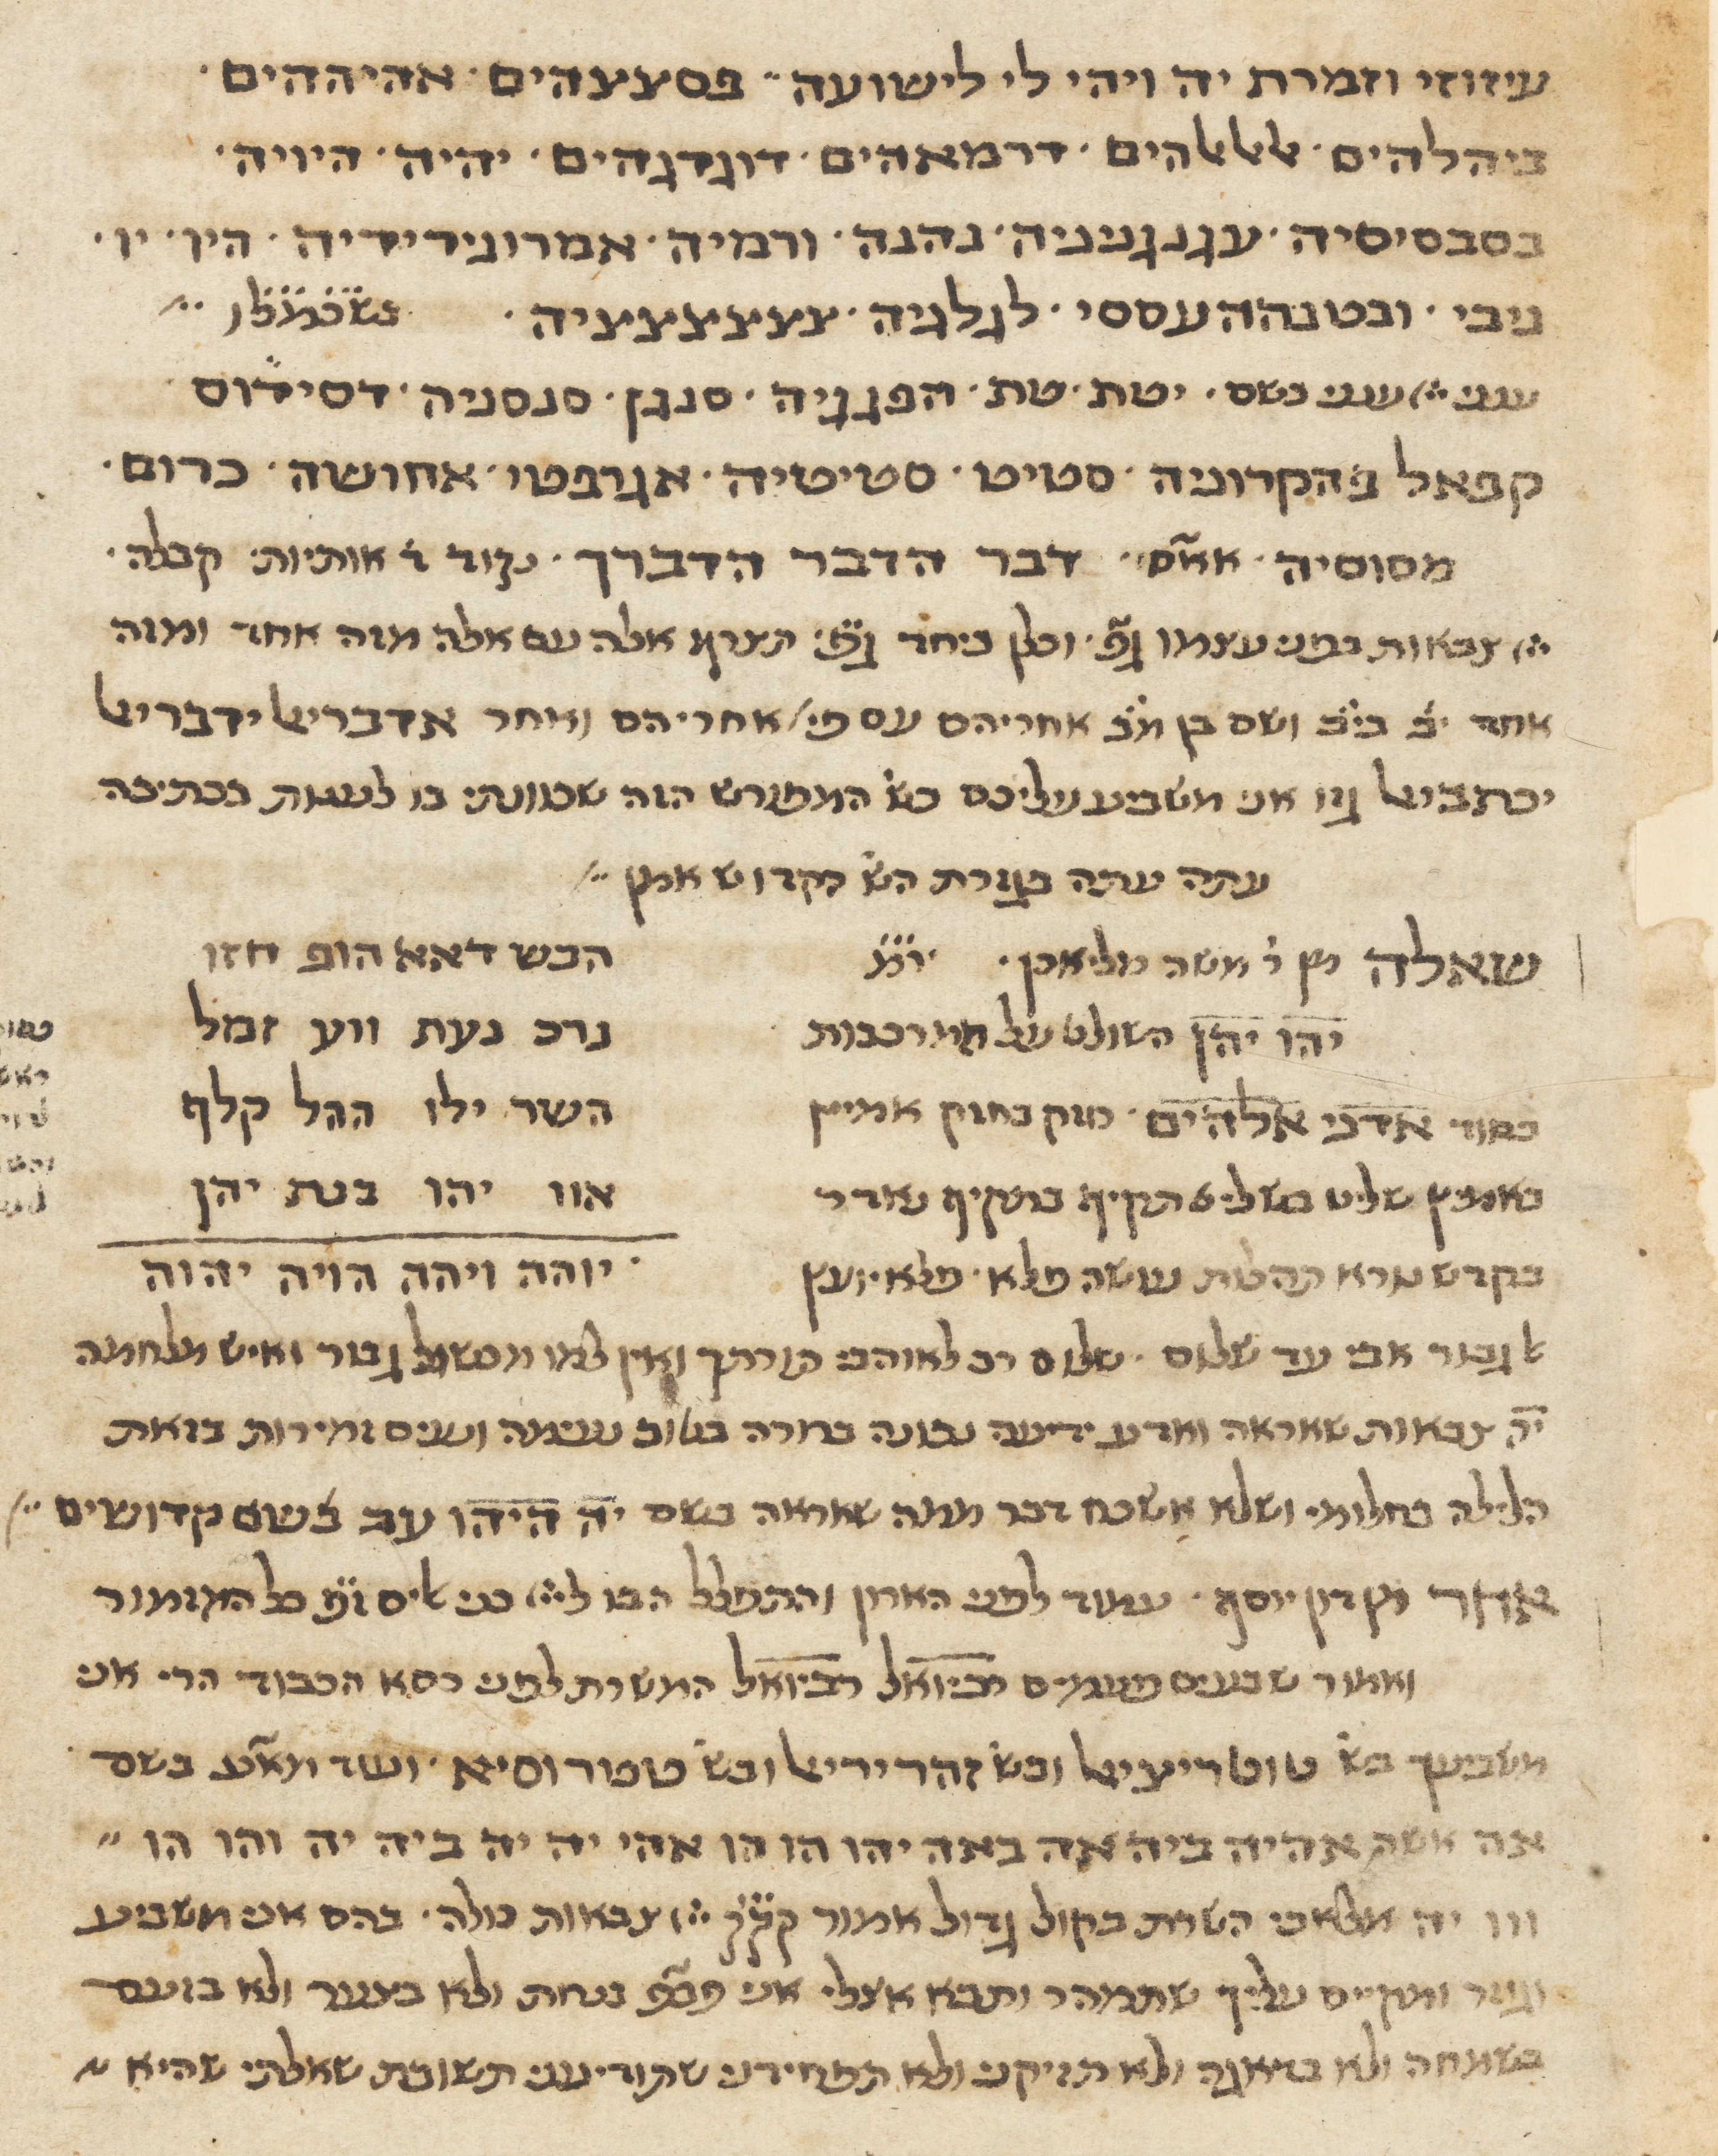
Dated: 1400–1799